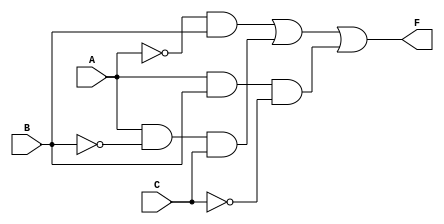
module CombinationalLogic (
    input wire A,    // Input variable A
    input wire B,    // Input variable B
    input wire C,    // Input variable C
    output wire F    // Output of the logic function
);

// Implementing the minimized logic expression derived from minimization techniques.
// Here is an example of a minimized expression for F = A'B + AB'C + ABC'
assign F = (~A & B) | (A & ~B & C) | (A & B & ~C);

endmodule